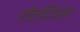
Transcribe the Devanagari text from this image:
होल्डिंगला